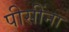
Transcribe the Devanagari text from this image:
पीसींना